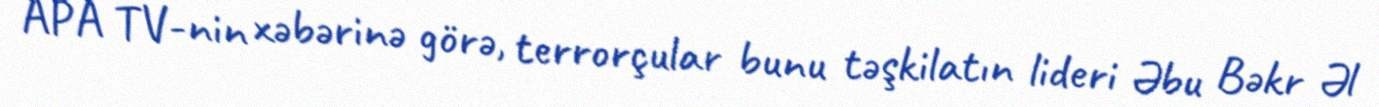
APA TV-nin xəbərinə görə, terrorçular bunu təşkilatın lideri Əbu Bəkr Əl